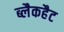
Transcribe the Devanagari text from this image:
ब्लैकहैट